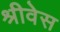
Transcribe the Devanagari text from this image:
श्रीवेस